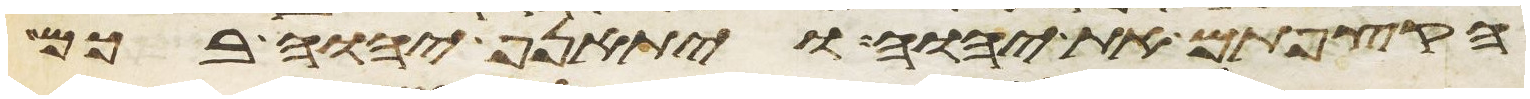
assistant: הקצפתם את יהוה ויתאנף יהוה בכם